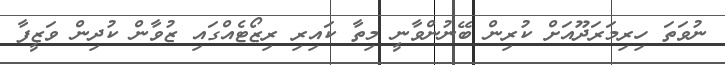
ނުވަތަ ހިރިމަރަދޫއަށް ކުރިން ބޭނުންވާނީ މިތާ ކައިރި ރިޒޯޓެއްގައި ޒުވާން ކުދިން ވަޒީފާ